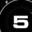
Digit: 5